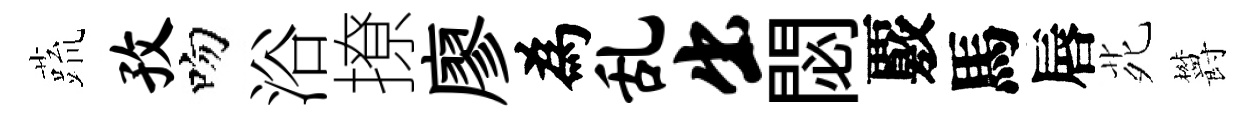
蔬孜吻浴撩廖為乱出閟覈馬唇𫟍欝